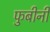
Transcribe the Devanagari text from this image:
फुबीनी